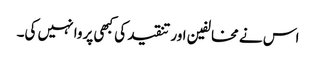
اس نے مخالفین اور تنقید کی کبھی پروا نہیں کی۔